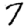
Digit: 7